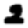
Digit: 2